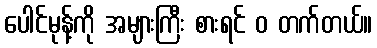
ပေါင်မုန့်ကို အများကြီး စားရင် ဝ တက်တယ်။